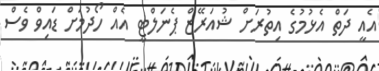
އެއީ ދަތް އެޅުމުގެ އިތުރަށް ޝުއަަރޭޒް ޕެނަލްޓީ އެއް ހޯދުމަށް ޑައިވް ވެސް